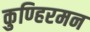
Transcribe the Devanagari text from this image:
कुण्हिरमन